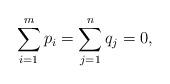
LaTeX: \begin{align*}\sum_{i=1}^m p_i=\sum_{j=1}^n q_j=0,\end{align*}